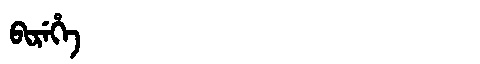
Manchu: ᠪᡳᡵᡝᡥᡝ
Romanization: BIREHE